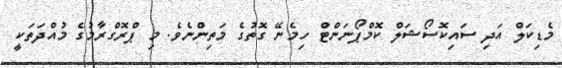
މެޑިކަލް އަދި ސައިކޮސޯޝަލް ކޮމްޕޯނަންޓް ހިމެނޭ ގޮތުގެ މަތިންނެވެ. މި ޕްރޮގްރާމުގެ މުއްދަތަކީ